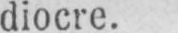
diocre.